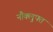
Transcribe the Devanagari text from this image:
नौक्लुफ्त